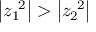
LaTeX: \left| z _ { 1 } ^ { \ 2 } \right| > \left| z _ { 2 } ^ { \ 2 } \right| \,